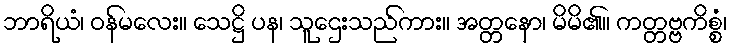
ဘာရိယံ၊ ဝန်မလေး။ သေဋ္ဌိ ပန၊ သူဌေးသည်ကား။ အတ္တနော၊ မိမိ၏။ ကတ္တဗ္ဗကိစ္စံ၊